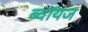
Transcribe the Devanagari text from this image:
ब्‍वॉयज